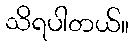
သိရပါတယ်။